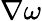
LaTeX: \nabla\omega